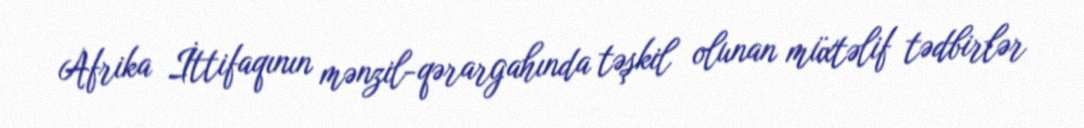
Afrika İttifaqının mənzil-qərargahında təşkil olunan müxtəlif tədbirlər